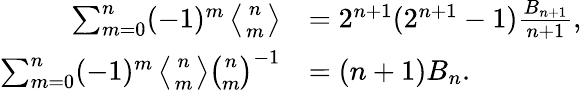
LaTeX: {\begin{array}{rl}{\sum_{m=0}^{n}(-1)^{m}\left\langle{n\atop m}\right\rangle}&{=2^{n+1}(2^{n+1}-1){\frac{B_{n+1}}{n+1}},}\\ {\sum_{m=0}^{n}(-1)^{m}\left\langle{n\atop m}\right\rangle{\binom{n}{m}}^{-1}}&{=(n+1)B_{n}.}\end{array}}